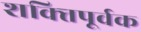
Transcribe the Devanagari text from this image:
शक्‍तिपूर्वक